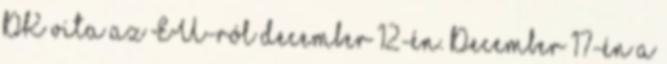
DK vita az EU-ról december 12-én. December 17-én a